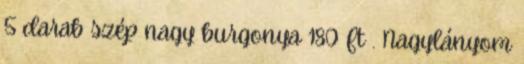
5 darab szép nagy burgonya 180 Ft . Nagylányom